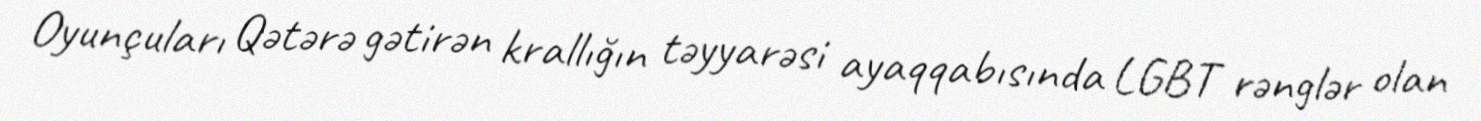
Oyunçuları Qətərə gətirən krallığın təyyarəsi ayaqqabısında LGBT rənglər olan